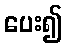
ပေး၍